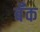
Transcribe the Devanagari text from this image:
बॅँक